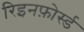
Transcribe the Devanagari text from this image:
रिइनफ़ोर्स्ड